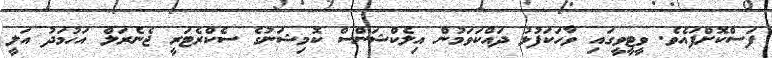
ފަސްކޮށްފައެވެ. ވީޓީވީގައި ވާހަކަފުޅު ދައްކަވަމުން އިލެކްޝަންސް ކޮމިޝަނުގެ ސެކްރެޓަރީ ޖެނެރަލް އަހުމަދު އަލީ